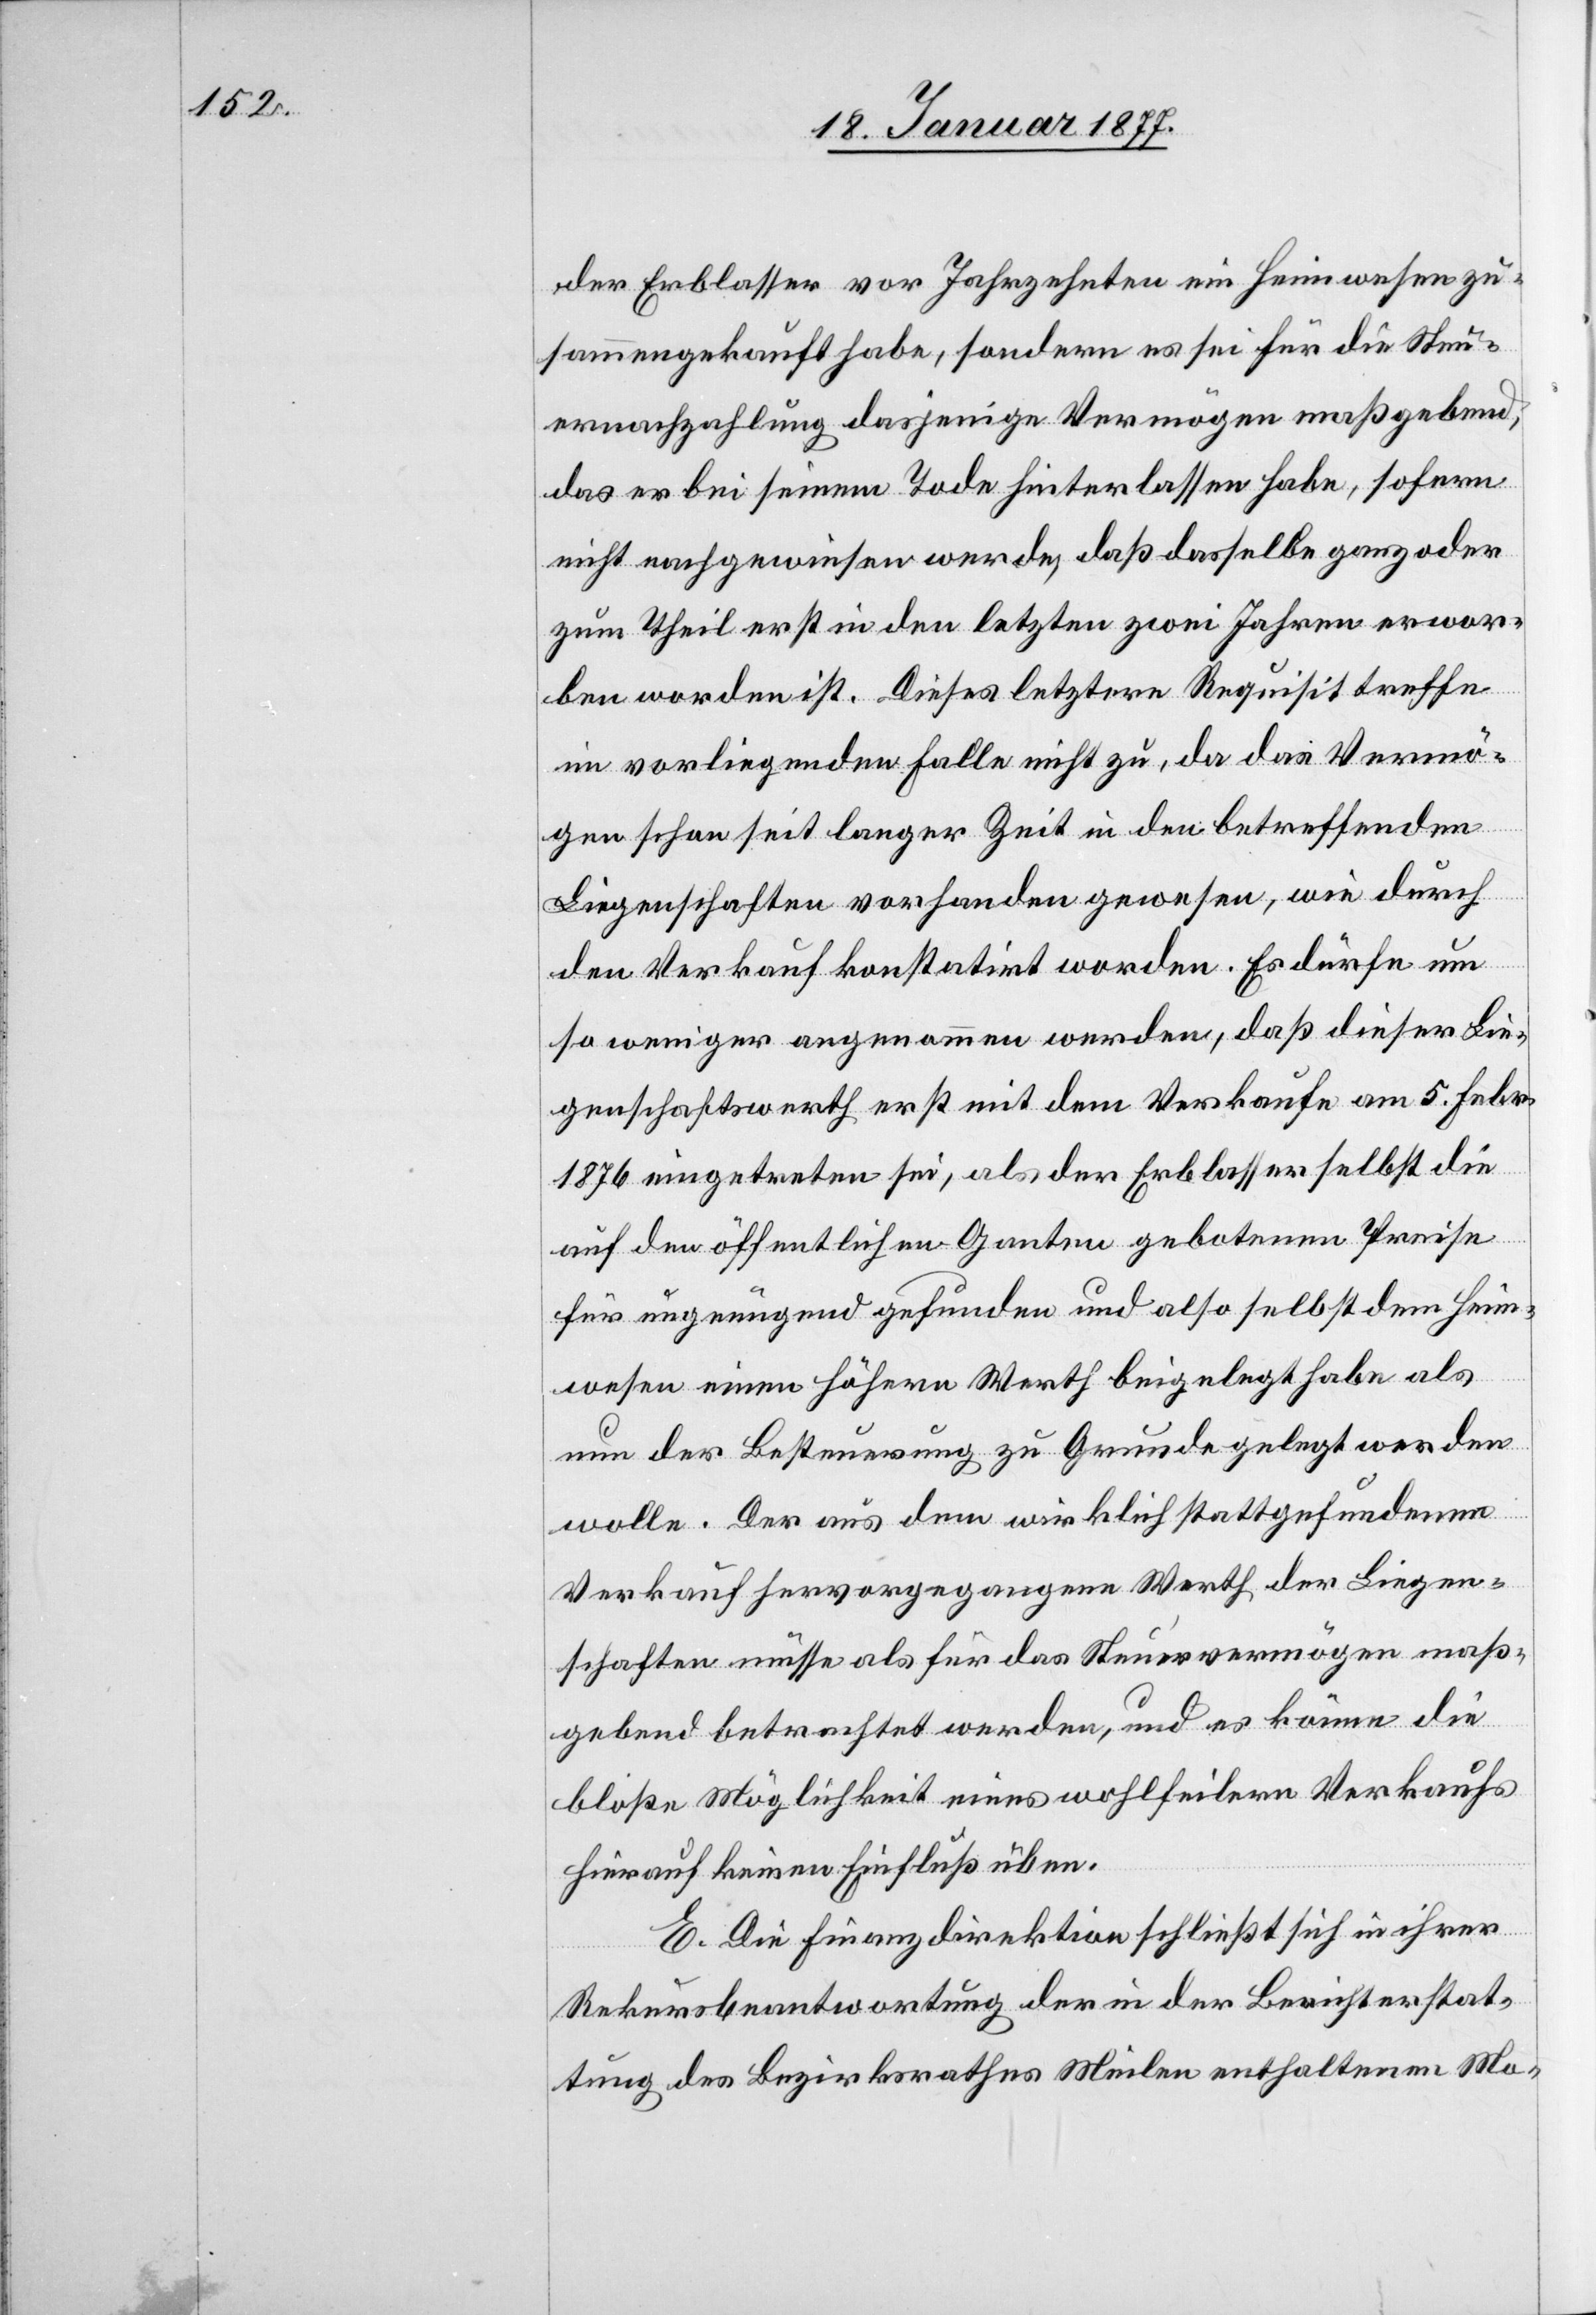
der Erblasser vor Jahrzehnten ein Heimwesen zu¬
sammengekauft habe, sondern es sei für die Steu¬
ernachzahlung dasjenige Vermögen maßgebend,
das er bei seinem Tode hinterlassen habe, sofern
nicht nachgewiesen werde, daß dasselbe ganz oder
zum Theil erst in den letzten zwei Jahren erwor¬
ben worden ist. Dieses letztere Requisit treffe
im vorliegenden Falle nicht zu, da das Vermö¬
gen schon seit langer Zeit in den betreffenden
Liegenschaften vorhanden gewesen, wie durch
den Verkauf konstatirt worden. Es dürfe um
so weniger angenommen werden, daß dieser Lie¬
genschaftswerth erst mit dem Verkaufe am 5. Febr.
1876 eingetreten sei, als der Erblasser selbst die
auf den öffentlichen Ganten gebotenen Preise
für ungenügend gefunden und also selbst dem Heim¬
wesen einen höhern Werth beigelegt habe als
nun der Besteuerung zu Grunde gelegt werden
wolle. Der aus dem wirklich stattgefundenen
Verkauf hervorgegangene Werth der Liegen¬
schaften müsse als für das Steuervermögen maß¬
gebend betrachtet werden, und es könne die
bloße Möglichkeit eines wohlfeilern Verkaufs
hierauf keinen Einfluß üben.
E. Die Finanzdirektion schließt sich in ihrer
Rekursbeantwortung der in der Berichterstat¬
tung des Bezirksrathes Meilen enthaltenen Mo-